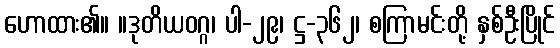
ဟောထား၏။ ။ဒုတိယဝဂ္ဂ၊ ပါ-၂၉၊ ဋ္ဌ-၃၆၂၊ စကြာမင်းတို့ နှစ်ဦးပြိုင်